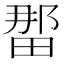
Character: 𪽖